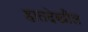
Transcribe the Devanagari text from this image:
हातदेखील